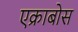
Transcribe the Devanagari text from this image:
एक्राबोस